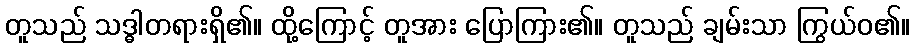
တူသည် သဒ္ဓါတရားရှိ၏။ ထို့ကြောင့် တူအား ပြောကြား၏။ တူသည် ချမ်းသာ ကြွယ်ဝ၏။